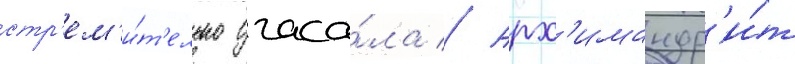
стр'ем'и́т'ельно угаса́ла // Арх'имандр'и́т